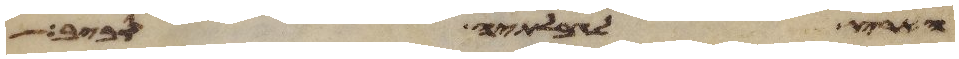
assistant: הארץ לגבולתיה סביב